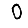
Digit: 0